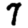
Digit: 7